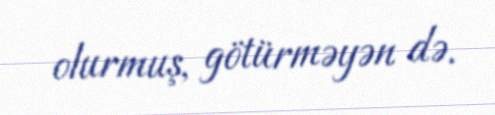
olurmuş, götürməyən də.